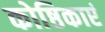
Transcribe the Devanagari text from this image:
कोष्ठिकाएं